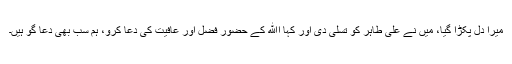
میرا دل پکڑا گیا، میں نے علی طاہر کو تسلی دی اور کہا اﷲ کے حضور فضل اور عافیت کی دعا کرو، ہم سب بھی دعا گو ہیں۔